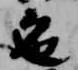
色